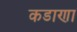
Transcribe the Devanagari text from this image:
कडाणा